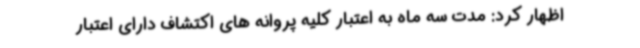
اظهار کرد: مدت سه ماه به اعتبار کلیه پروانه های اکتشاف دارای اعتبار